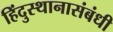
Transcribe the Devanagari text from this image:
हिंदुस्थानासंबंधी